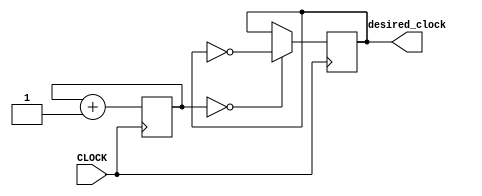
`timescale 1ns / 1ps
//////////////////////////////////////////////////////////////////////////////////
// Company: 
// Engineer: 
// 
// Design Name: 
// Module Name: sub_task_2_F_Blink
// Project Name: 
// Target Devices: 
// Tool Versions: 
// Description: 
// 
// Dependencies: 
// 
// Revision:
// Revision 0.01 - File Created
// Additional Comments:
// 
//////////////////////////////////////////////////////////////////////////////////


module sub_task_2_F_Blink(input CLOCK, output desired_clock);

    reg [23:0] COUNT = 0;
    reg desired = 0;
    
    always @ (posedge CLOCK) begin
        COUNT <= COUNT + 1;
        desired <= ( COUNT == 4'b0000 ) ? ~desired : desired;
    end
    
    assign desired_clock = desired;
    
endmodule